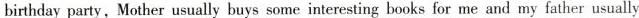
birthday party, Mother usually buys some interesting books for me and my father usually